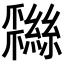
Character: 𦆩